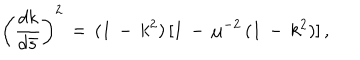
\left( \frac { d k } { d \bar { s } } \right) ^ { 2 } \, = \, ( 1 \, - \, k ^ { 2 } ) \, [ 1 \, - \, \mu ^ { - 2 } \, ( 1 \, - \, k ^ { 2 } ) ] \, { , }